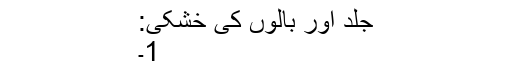
جلد اور بالوں کی خشکی:
1۔